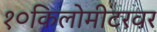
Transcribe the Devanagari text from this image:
१०किलोमीटरवर